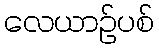
လေယာဉ်ပစ်